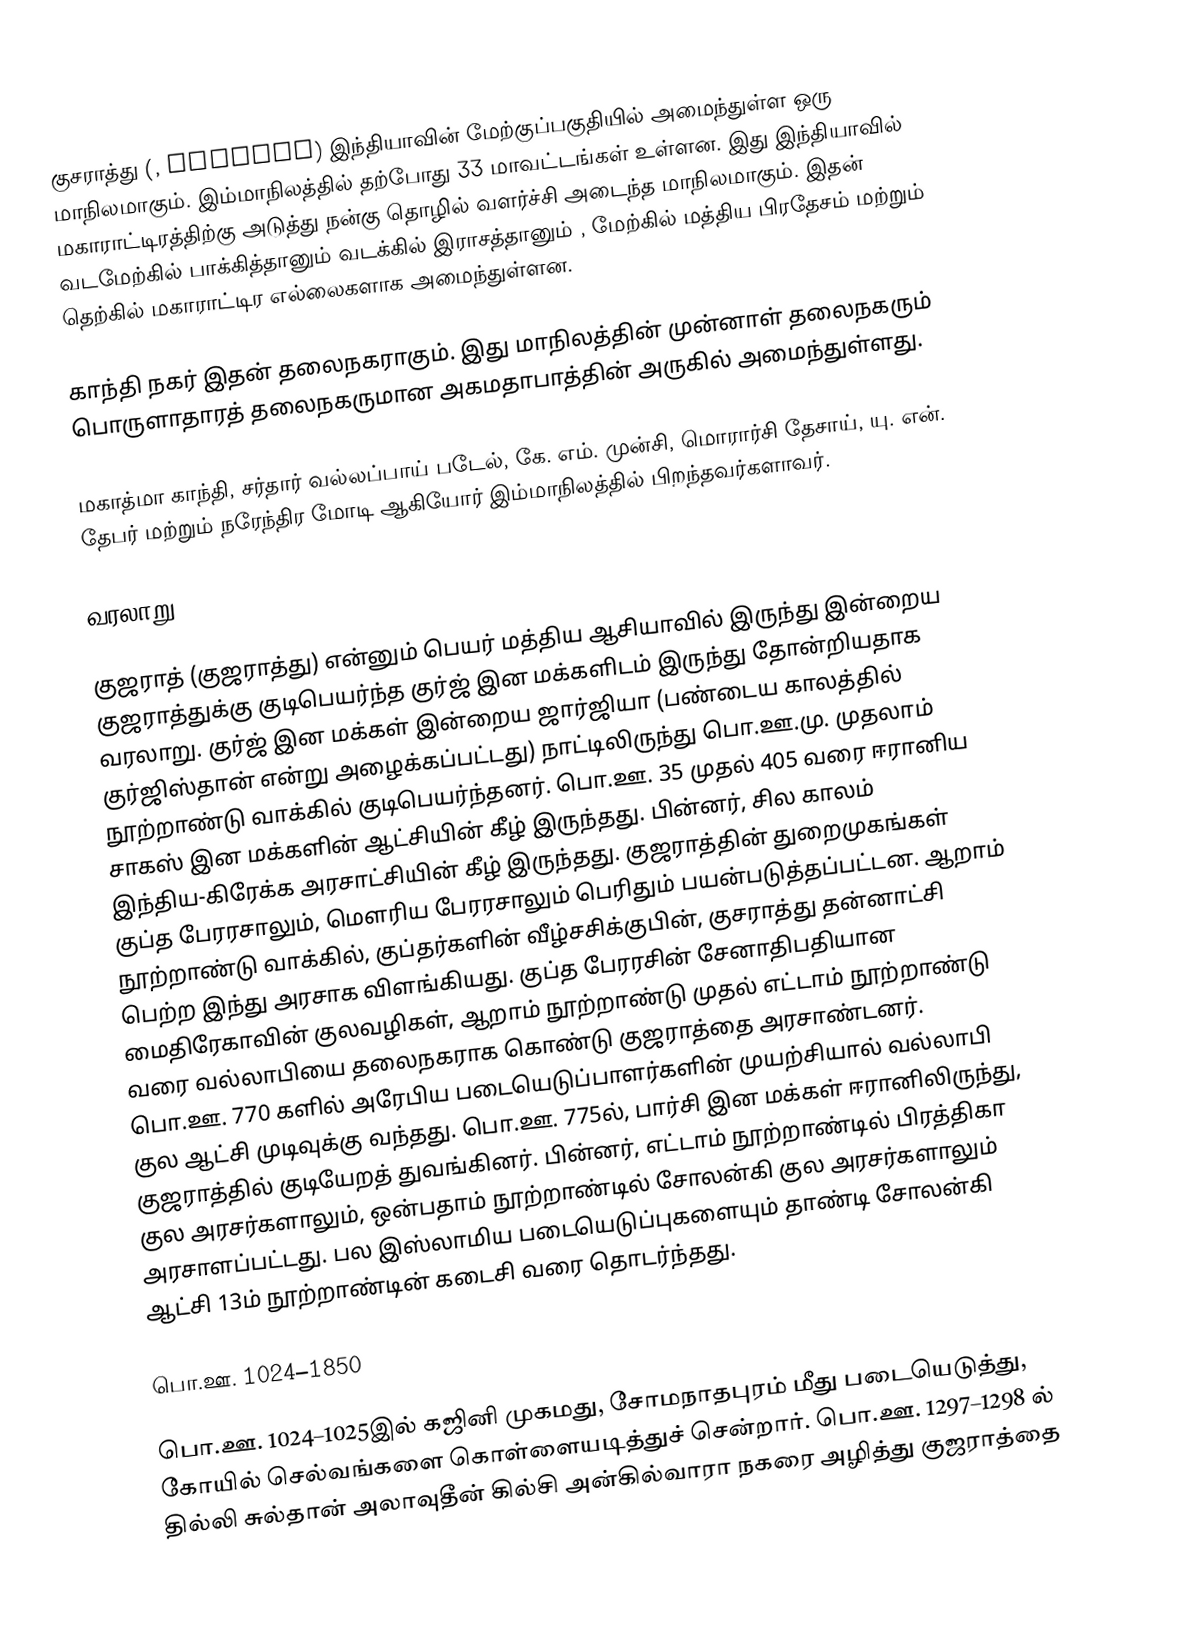
குசராத்து (, Gujarat) இந்தியாவின் மேற்குப்பகுதியில் அமைந்துள்ள ஒரு மாநிலமாகும். இம்மாநிலத்தில் தற்போது 33 மாவட்டங்கள் உள்ளன. இது இந்தியாவில் மகாராட்டிரத்திற்கு அடுத்து நன்கு தொழில் வளர்ச்சி அடைந்த மாநிலமாகும். இதன் வடமேற்கில் பாக்கித்தானும் வடக்கில் இராசத்தானும் , மேற்கில் மத்திய பிரதேசம் மற்றும் தெற்கில் மகாராட்டிர எல்லைகளாக அமைந்துள்ளன.

காந்தி நகர் இதன் தலைநகராகும். இது மாநிலத்தின் முன்னாள் தலைநகரும் பொருளாதாரத் தலைநகருமான அகமதாபாத்தின் அருகில் அமைந்துள்ளது.

மகாத்மா காந்தி, சர்தார் வல்லப்பாய் படேல், கே. எம். முன்சி, மொரார்சி தேசாய், யு. என். தேபர் மற்றும் நரேந்திர மோடி ஆகியோர் இம்மாநிலத்தில் பிறந்தவர்களாவர்.

வரலாறு

குஜராத் (குஜராத்து) என்னும் பெயர் மத்திய ஆசியாவில் இருந்து இன்றைய குஜராத்துக்கு குடிபெயர்ந்த குர்ஜ் இன மக்களிடம் இருந்து தோன்றியதாக வரலாறு. குர்ஜ் இன மக்கள் இன்றைய ஜார்ஜியா (பண்டைய காலத்தில் குர்ஜிஸ்தான் என்று அழைக்கப்பட்டது) நாட்டிலிருந்து பொ.ஊ.மு. முதலாம் நூற்றாண்டு வாக்கில் குடிபெயர்ந்தனர். பொ.ஊ. 35 முதல் 405 வரை ஈரானிய சாகஸ் இன மக்களின் ஆட்சியின் கீழ் இருந்தது. பின்னர், சில காலம் இந்திய-கிரேக்க அரசாட்சியின் கீழ் இருந்தது. குஜராத்தின் துறைமுகங்கள் குப்த பேரரசாலும், மௌரிய பேரரசாலும் பெரிதும் பயன்படுத்தப்பட்டன. ஆறாம் நூற்றாண்டு வாக்கில், குப்தர்களின் வீழ்சசிக்குபின், குசராத்து தன்னாட்சி பெற்ற இந்து அரசாக விளங்கியது. குப்த பேரரசின் சேனாதிபதியான மைதிரேகாவின் குலவழிகள், ஆறாம் நூற்றாண்டு முதல் எட்டாம் நூற்றாண்டு வரை வல்லாபியை தலைநகராக கொண்டு  குஜராத்தை அரசாண்டனர். பொ.ஊ. 770 களில் அரேபிய படையெடுப்பாளர்களின் முயற்சியால் வல்லாபி குல ஆட்சி முடிவுக்கு வந்தது. பொ.ஊ. 775ல், பார்சி இன மக்கள் ஈரானிலிருந்து, குஜராத்தில் குடியேறத் துவங்கினர். பின்னர், எட்டாம் நூற்றாண்டில் பிரத்திகா குல அரசர்களாலும், ஒன்பதாம் நூற்றாண்டில் சோலன்கி குல அரசர்களாலும் அரசாளப்பட்டது. பல இஸ்லாமிய படையெடுப்புகளையும் தாண்டி சோலன்கி ஆட்சி 13ம் நூற்றாண்டின் கடைசி வரை தொடர்ந்தது.

பொ.ஊ. 1024–1850

பொ.ஊ. 1024–1025இல் கஜினி முகமது,  சோமநாதபுரம் மீது படையெடுத்து, கோயில் செல்வங்களை கொள்ளையடித்துச் சென்றார்.  பொ.ஊ. 1297–1298 ல் தில்லி சுல்தான் அலாவுதீன் கில்சி அன்கில்வாரா நகரை அழித்து குஜராத்தை